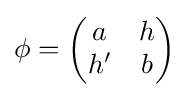
\phi ={\begin{pmatrix}a&h\\h'&b\end{pmatrix}}